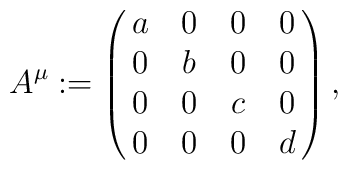
A^\mu := \left(\matrix{a & 0 & 0 & 0 \cr 0 & b & 0 & 0 \cr0 & 0 & c & 0 \cr 0 & 0 & 0 & d \cr} \right),